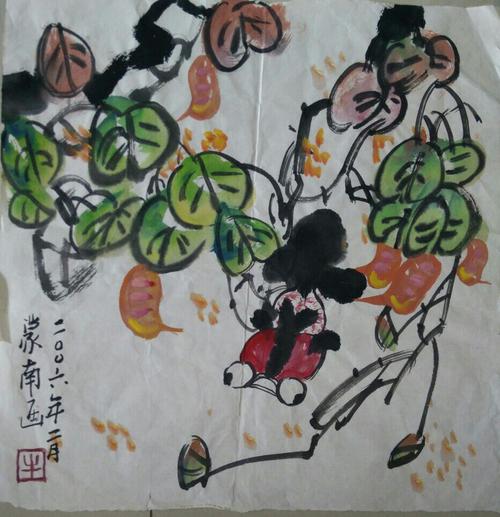
百草千花寒食路，香车系在谁家树。